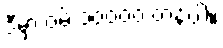
ဒီမှာ ဝမ် ၁၀၀၀၀ တန်ပါ။